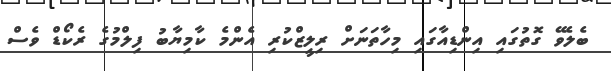
ބެލެވޭ ގޮތުގައި އިންޑިއާގައި މިހާތަނަށް ރިލީޒްކުރި އެންމެ ކާމިޔާބު ފިލްމުގެ ރެކޯޑް ވެސް